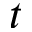
\boldsymbol { t }